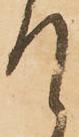
て